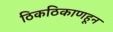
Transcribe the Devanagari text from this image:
ठिकठिकाणहून